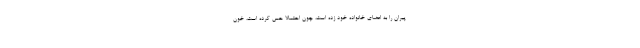
پیران را به اعضای خانواده خود زده است، چون احتمالا حس کرده است، خون